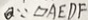
Q \because \square A E D F